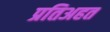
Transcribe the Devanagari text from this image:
प्रतिअहत